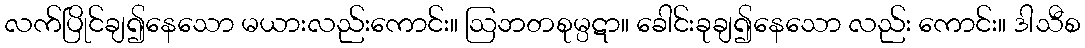
လက်ပြိုင်ချ၍နေသော မယားလည်းကောင်း။ ဩဘတစုမ္ပဋာ။ ခေါင်းခုချ၍နေသော လည်း ကောင်း။ ဒါသီစ